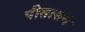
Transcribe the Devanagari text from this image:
पीतासनं